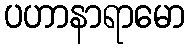
ပဟာနာရာမော